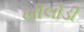
ખીલોડી